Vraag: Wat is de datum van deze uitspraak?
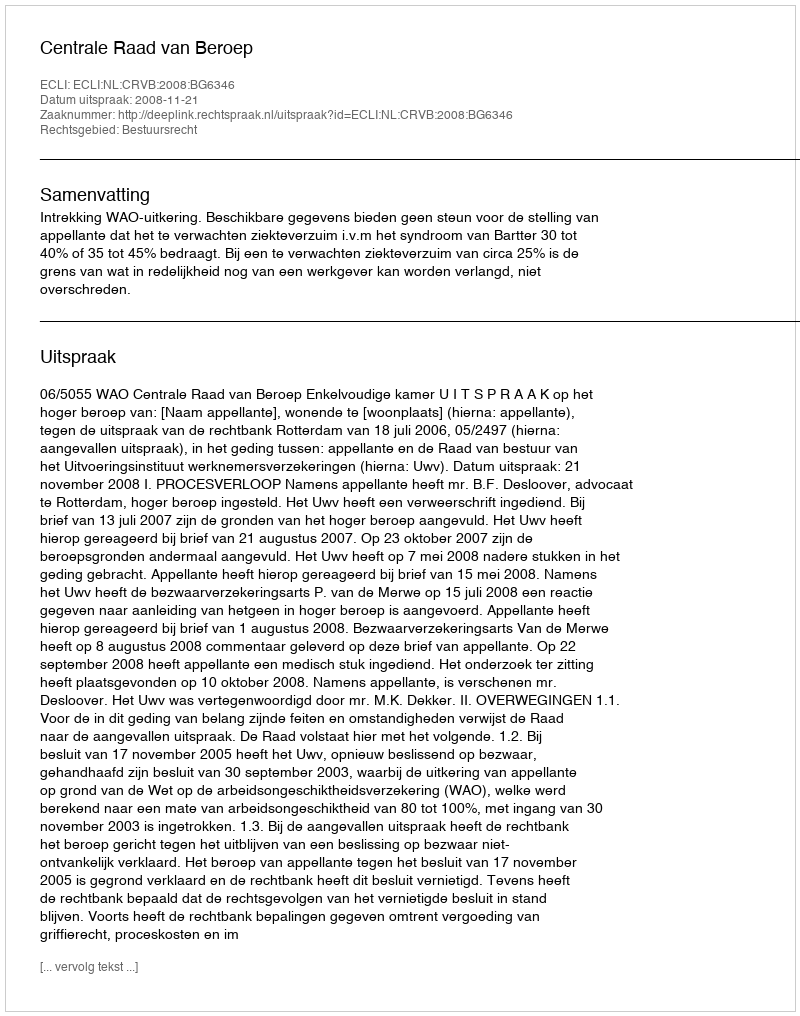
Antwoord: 2008-11-21